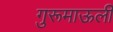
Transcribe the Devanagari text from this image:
गुरूमाऊली